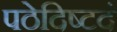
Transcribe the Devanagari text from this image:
पठेदिष्टदं